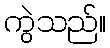
ကွဲသည်။